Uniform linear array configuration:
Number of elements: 64
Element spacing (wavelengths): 0.75
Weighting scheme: cosine
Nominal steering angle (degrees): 30
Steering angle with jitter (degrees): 28.905
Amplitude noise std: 0.05
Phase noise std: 0.05

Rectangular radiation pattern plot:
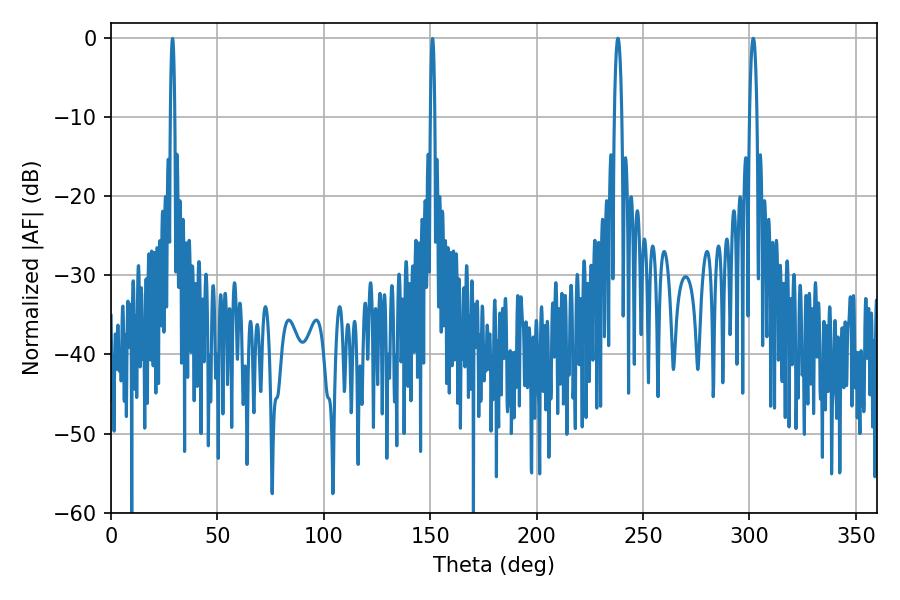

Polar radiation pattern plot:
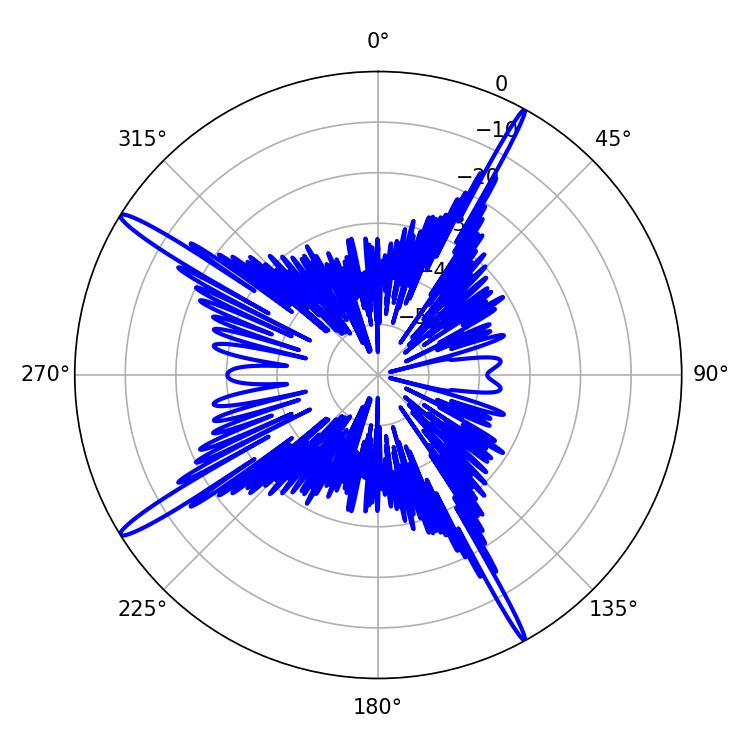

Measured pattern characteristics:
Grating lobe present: TRUE
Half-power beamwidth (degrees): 1.98
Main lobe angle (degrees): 301.86